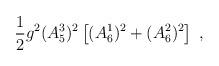
LaTeX: \begin{align*}\frac{1}{2}g^2 (A_5^3)^2 \left[(A_6^1)^2+ (A_6^2)^2\right] \;,\end{align*}